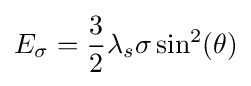
E_{\sigma }={\frac {3}{2}}\lambda _{s}\sigma \sin ^{2}(\theta )